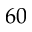
6 0